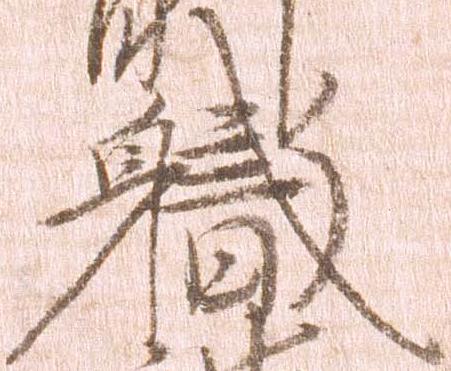
職